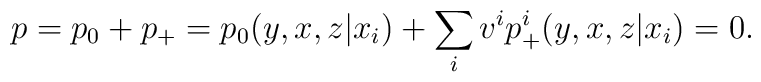
p=p_0+p_+=p_0(y,x,z|x_i)+\sum_{i} v^ip^i_+(y,x,z|x_i)=0.